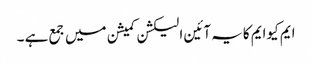
ایم کیوایم کایہ آئین الیکشن کمیشن میں جمع ہے ۔